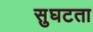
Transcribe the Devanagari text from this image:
सुघटता